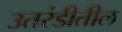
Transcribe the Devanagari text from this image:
उतरंडीतील